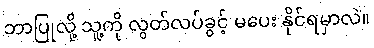
ဘာပြုလို့ သူ့ကို လွတ်လပ်ခွင့် မပေး နိုင်ရမှာလဲ။